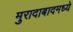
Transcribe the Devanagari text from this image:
मुरादाबादमध्ये